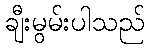
ချီးမွမ်းပါသည်